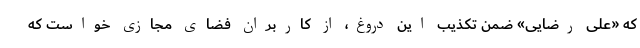
که «علی رضایی» ضمن تکذیب این دروغ، از کاربران فضای مجازی خواست که